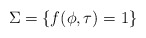
\begin{align*} \Sigma = \{ f(\phi,\tau) = 1 \}\end{align*}